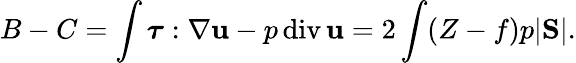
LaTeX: B-C=\int\boldsymbol{\tau}:\nabla{\mathbf u}-p\, \mathrm{div}\, {\mathbf u}=2\int(Z-f)p|\mathrm{\mathbf S}|.